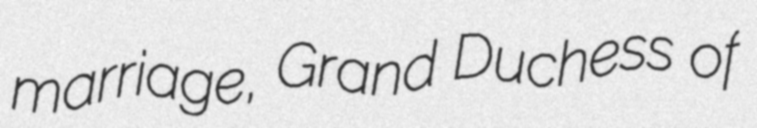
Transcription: marriage, Grand Duchess of